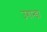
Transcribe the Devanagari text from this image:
उगान्डा